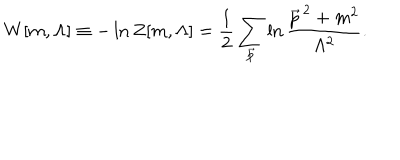
LaTeX: W [ m , \Lambda ] \equiv - \ln Z [ m , \Lambda ] = { \frac { 1 } { 2 } } \sum _ { { \vec { p } } } \ln { \frac { { { \vec { p } } } ^ { \, 2 } + m ^ { 2 } } { \Lambda ^ { 2 } } } .